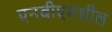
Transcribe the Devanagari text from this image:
एनबीएमधील